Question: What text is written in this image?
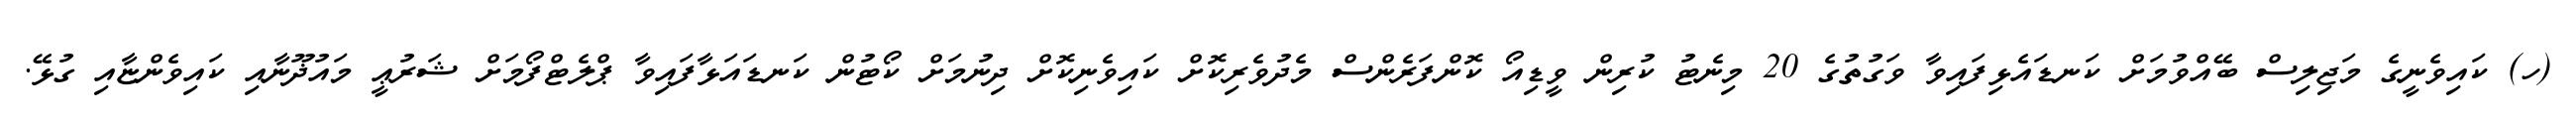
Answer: (ހ) ކައިވެނީގެ މަޖިލިސް ބޭއްވުމަށް ކަނޑައެޅިފައިވާ ވަގުތުގެ 20 މިނެޓު ކުރިން ވީޑިއޯ ކޮންފަރެންސް މެދުވެރިކޮށް ކައިވެނިކޮށް ދިނުމަށް ކޯޓުން ކަނޑައަޅާފައިވާ ޕްލެޓްފޯމަށް ޝަރުޢީ މައުޛޫނާއި ކައިވެންޏާއި ގުޅޭ.